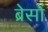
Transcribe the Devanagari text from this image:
ब्रेसों